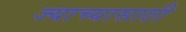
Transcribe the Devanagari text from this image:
ज्याच्यासाठी